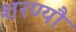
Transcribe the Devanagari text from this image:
शरण्यौ